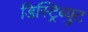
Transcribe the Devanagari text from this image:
डिस्ट्रिब्युट